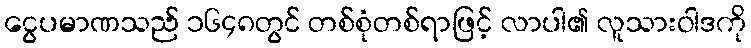
ငွေပမာဏသည် ၁၆၄၈တွင် တစ်စုံတစ်ရာဖြင့် လာပါ၏ လူသားဝါဒကို